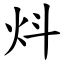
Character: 炓